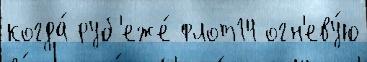
когда́ руб'еже́ флот14 огн'еву́ю